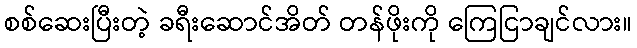
စစ်ဆေးပြီးတဲ့ ခရီးဆောင်အိတ် တန်ဖိုးကို ကြေငြာချင်လား။